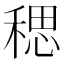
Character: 𫀼